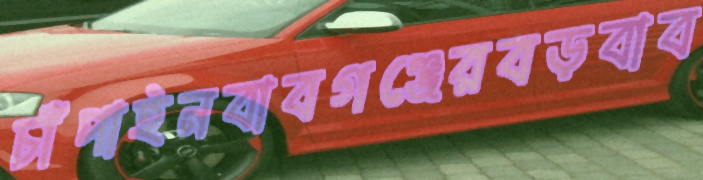
চাঁপাইনবাবগঞ্জেরবড়বাব